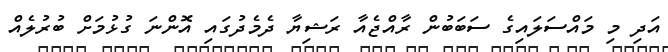
އަދި މި މައްސަލައިގެ ސަބަބުން ރާއްޖެއާ ރަޝިޔާ ދެމެދުގައި އޮންނަ ގުޅުމަށް ބުރުލެއް